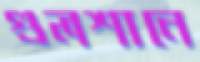
গুলশানে